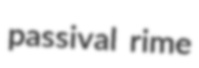
passival rime